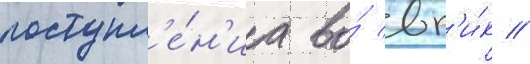
поступл'е́н'иа во́ вг'и́к //